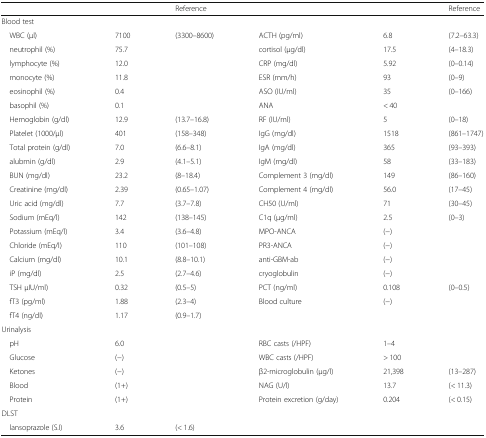
<table><thead><tr><td colspan="2"></td><td><b>Reference</b></td><td colspan="2"></td><td><b>Reference</b></td></tr></thead><tbody><tr><td colspan="6">Blood test</td></tr><tr><td> WBC (μl)</td><td>7100</td><td>(3300–8600)</td><td>ACTH (pg/ml)</td><td>6.8</td><td>(7.2–63.3)</td></tr><tr><td> neutrophil (%)</td><td>75.7</td><td></td><td>cortisol (μg/dl)</td><td>17.5</td><td>(4–18.3)</td></tr><tr><td> lymphocyte (%)</td><td>12.0</td><td></td><td>CRP (mg/dl)</td><td>5.92</td><td>(0–0.14)</td></tr><tr><td> monocyte (%)</td><td>11.8</td><td></td><td>ESR (mm/h)</td><td>93</td><td>(0–9)</td></tr><tr><td> eosinophil (%)</td><td>0.4</td><td></td><td>ASO (IU/ml)</td><td>35</td><td>(0–166)</td></tr><tr><td> basophil (%)</td><td>0.1</td><td></td><td>ANA</td><td>&lt; 40</td><td></td></tr><tr><td> Hemoglobin (g/dl)</td><td>12.9</td><td>(13.7–16.8)</td><td>RF (IU/ml)</td><td>5</td><td>(0–18)</td></tr><tr><td> Platelet (1000/μl)</td><td>401</td><td>(158–348)</td><td>IgG (mg/dl)</td><td>1518</td><td>(861–1747)</td></tr><tr><td> Total protein (g/dl)</td><td>7.0</td><td>(6.6–8.1)</td><td>IgA (mg/dl)</td><td>365</td><td>(93–393)</td></tr><tr><td> alubmin (g/dl)</td><td>2.9</td><td>(4.1–5.1)</td><td>IgM (mg/dl)</td><td>58</td><td>(33–183)</td></tr><tr><td> BUN (mg/dl)</td><td>23.2</td><td>(8–18.4)</td><td>Complement 3 (mg/dl)</td><td>149</td><td>(86–160)</td></tr><tr><td> Creatinine (mg/dl)</td><td>2.39</td><td>(0.65–1.07)</td><td>Complement 4 (mg/dl)</td><td>56.0</td><td>(17–45)</td></tr><tr><td> Uric acid (mg/dl)</td><td>7.7</td><td>(3.7–7.8)</td><td>CH50 (U/ml)</td><td>71</td><td>(30–45)</td></tr><tr><td> Sodium (mEq/l)</td><td>142</td><td>(138–145)</td><td>C1q (μg/ml)</td><td>2.5</td><td>(0–3)</td></tr><tr><td> Potassium (mEq/l)</td><td>3.4</td><td>(3.6–4.8)</td><td>MPO-ANCA</td><td>(−)</td><td></td></tr><tr><td> Chloride (mEq/l)</td><td>110</td><td>(101–108)</td><td>PR3-ANCA</td><td>(−)</td><td></td></tr><tr><td> Calcium (mg/dl)</td><td>10.1</td><td>(8.8–10.1)</td><td>anti-GBM-ab</td><td>(−)</td><td></td></tr><tr><td> iP (mg/dl)</td><td>2.5</td><td>(2.7–4.6)</td><td>cryoglobulin</td><td>(−)</td><td></td></tr><tr><td> TSH μIU/ml)</td><td>0.32</td><td>(0.5–5)</td><td>PCT (ng/ml)</td><td>0.108</td><td>(0–0.5)</td></tr><tr><td> fT3 (pg/ml)</td><td>1.88</td><td>(2.3–4)</td><td>Blood culture</td><td>(−)</td><td></td></tr><tr><td> fT4 (ng/dl)</td><td>1.17</td><td>(0.9–1.7)</td><td></td><td></td><td></td></tr><tr><td colspan="6">Urinalysis</td></tr><tr><td> pH</td><td>6.0</td><td></td><td>RBC casts (/HPF)</td><td>1–4</td><td></td></tr><tr><td> Glucose</td><td>(−)</td><td></td><td>WBC casts (/HPF)</td><td>&gt; 100</td><td></td></tr><tr><td> Ketones</td><td>(−)</td><td></td><td>β2-microglobulin (μg/l)</td><td>21,398</td><td>(13–287)</td></tr><tr><td> Blood</td><td>(1+)</td><td></td><td>NAG (U/l)</td><td>13.7</td><td>(&lt; 11.3)</td></tr><tr><td> Protein</td><td>(1+)</td><td></td><td>Protein excretion (g/day)</td><td>0.204</td><td>(&lt; 0.15)</td></tr><tr><td colspan="6">DLST</td></tr><tr><td> lansoprazole (S.I)</td><td>3.6</td><td>(&lt; 1.6)</td><td></td><td></td><td></td></tr></tbody></table>